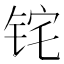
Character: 𬭈